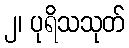
၂၊ ပုရိသသုတ်